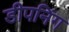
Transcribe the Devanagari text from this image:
डीपनिंग